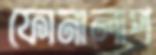
ফোনালাপ